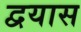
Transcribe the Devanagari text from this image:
द्वयास